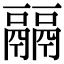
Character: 𩱇